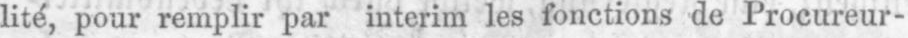
lité, pour remplir par interim les fonctions de Procureur-